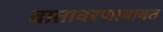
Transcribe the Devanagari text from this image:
वातावरणाबाबत